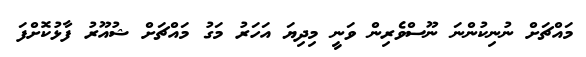
މައްޗަށް ނުނިކުންނަ ނޫސްވެރިން ވަނީ މިދިޔަ އަހަރު މަގު މައްޗަށް ޝުއޫރު ފާޅުކޮށްފަ